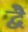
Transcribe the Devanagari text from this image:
द्वेै